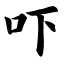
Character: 吓